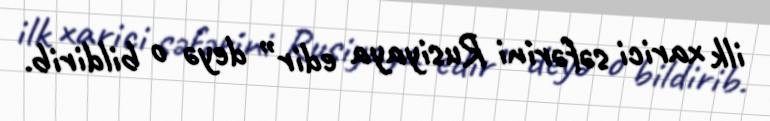
ilk xarici səfərini Rusiyaya edir” deyə o bildirib.